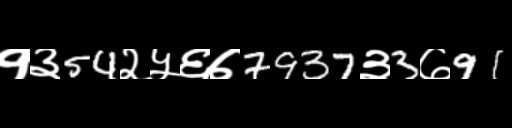
Text: १३54२५६७7937३3७91